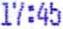
17:45